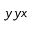
y y x